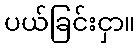
ပယ်ခြင်းငှာ။